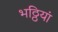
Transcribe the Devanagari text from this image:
भठ्ठियां